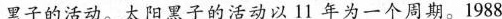
黑子的活动。太阳黑子的活动以11年为一个周期。1988